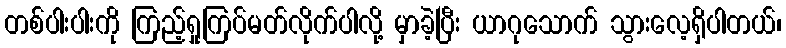
တစ်ပါးပါးကို ကြည့်ရှုကြပ်မတ်လိုက်ပါလို့ မှာခဲ့ပြီး ယာဂုသောက် သွားလေ့ရှိပါတယ်၊